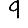
Digit: 9